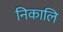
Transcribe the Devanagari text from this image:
निकालि